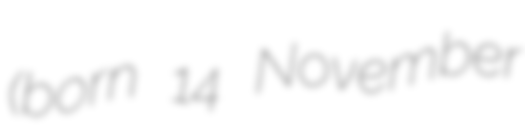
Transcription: (born 14 November